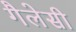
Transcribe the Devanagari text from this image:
गैलेसी